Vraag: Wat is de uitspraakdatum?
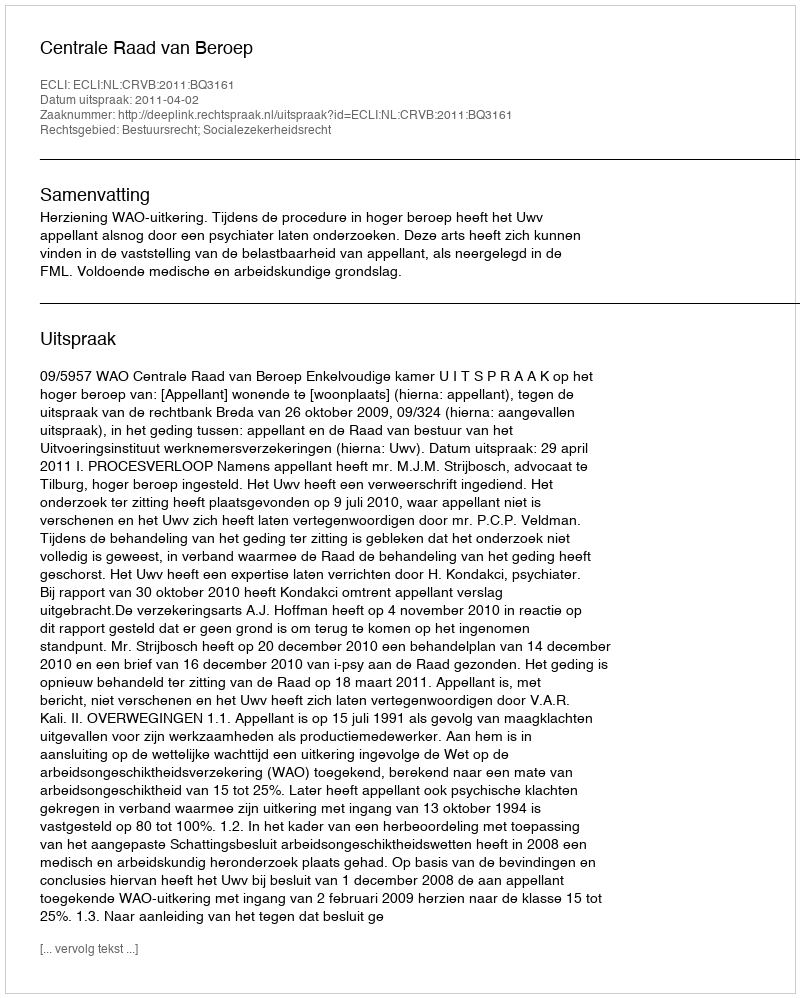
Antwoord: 2011-04-02